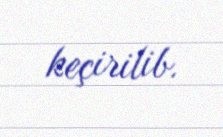
keçirilib.